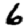
Digit: 6